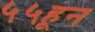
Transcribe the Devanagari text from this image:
५५हून